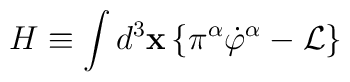
H\equiv \int d^3\mathbf{x\,\{}\pi ^\alpha \dot{\varphi}^\alpha -\mathcal{L\}}